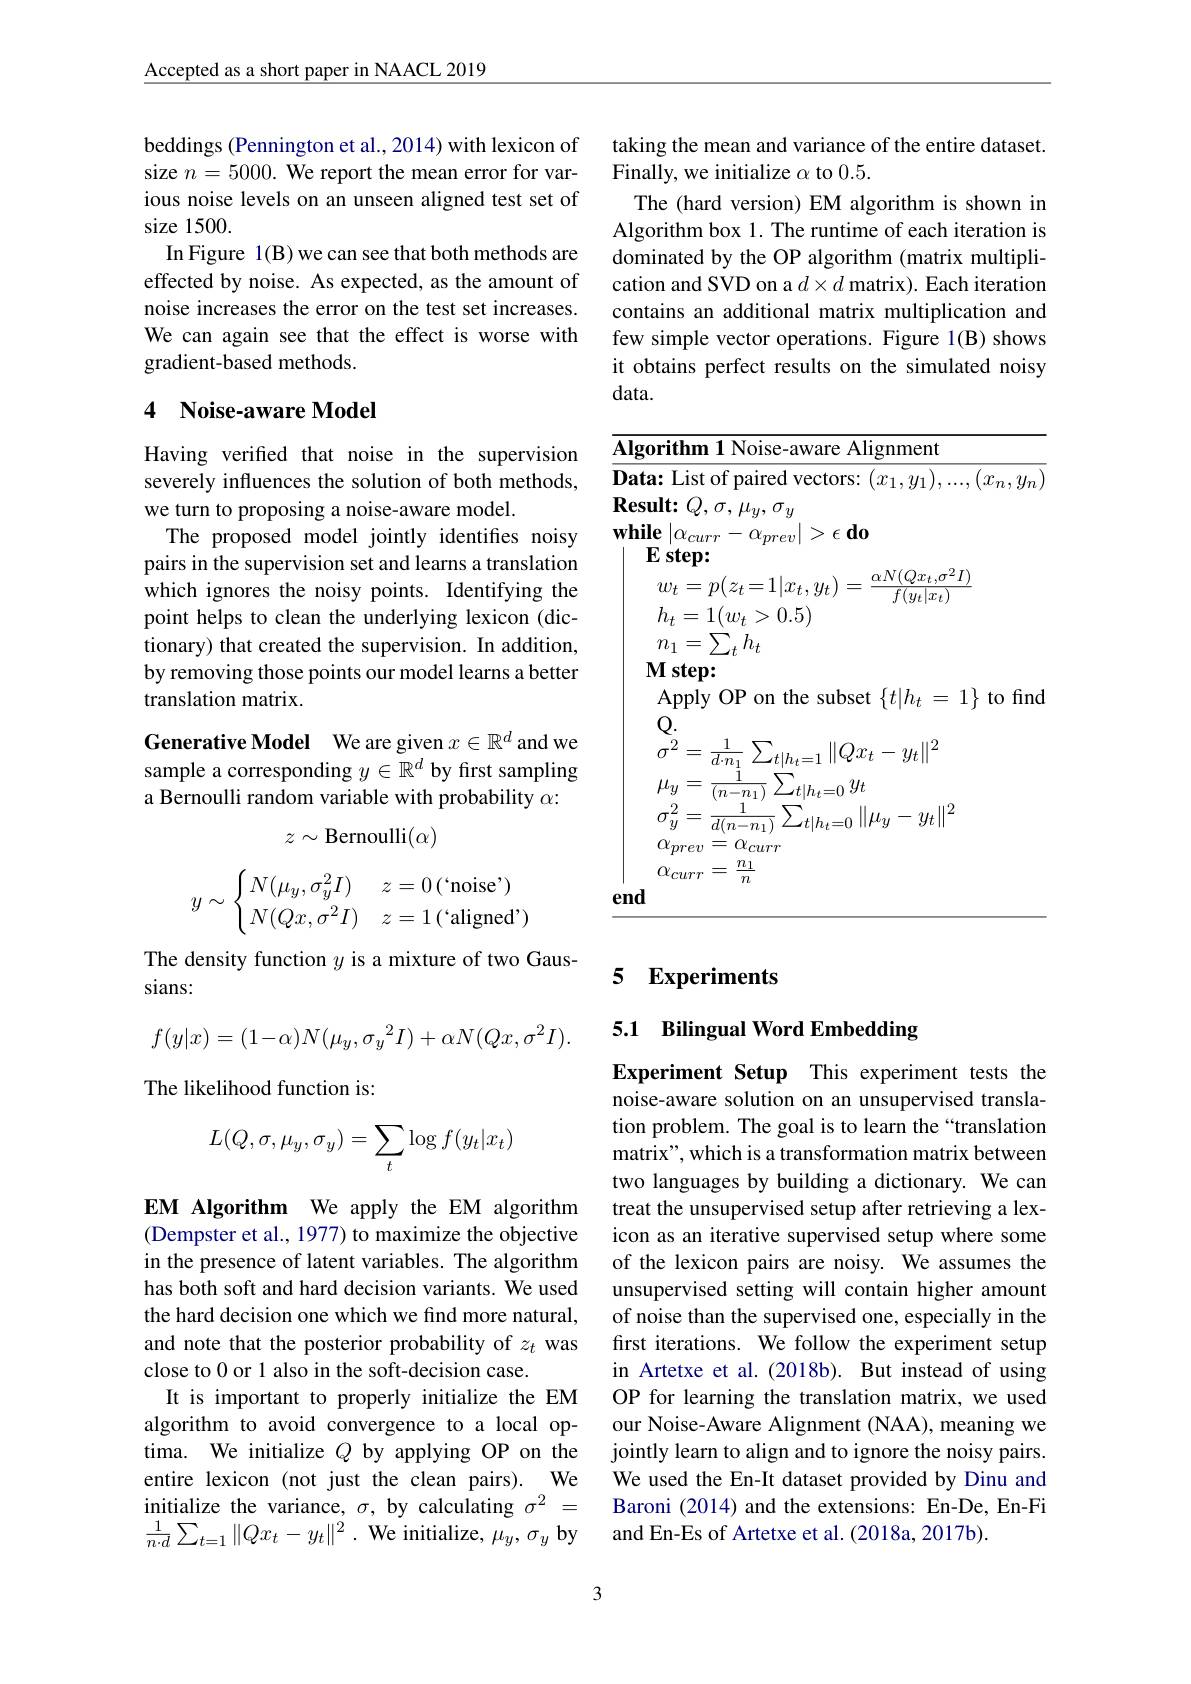
$\underline{\text{Accepted as a short paper in NAACL 2019}}$

beddings (Pennington et al., 2014) with lexicon of size $n=5000.$ We report the mean error for various noise levels on an unseen aligned test set of size 1500.
In Figure 1(B) we can see that both methods are effected by noise. As expected, as the amount of noise increases the error on the test set increases. We can again see that the effect is worse with gradient-based methods.

## 4 Noise-aware Model

Having verified that noise in the supervision severely influences the solution of both methods, we turn to proposing a noise-aware model.
The proposed model jointly identifies noisy pairs in the supervision set and learns a translation which ignores the noisy points. Identifying the point helps to clean the underlying lexicon (dictionary) that created the supervision. In addition, by removing those points our model learns a better translation matrix.

Generative Model We are given $x\in\mathbb{R}^d$ and we sample a corresponding $y\in\mathbb{R}^d$ by first sampling a Bernoulli random variable with probability $\alpha:$
$$z\sim\mathrm{Bernoulli}(\alpha)$$
$$y\sim\begin{cases}N(\mu_y,\sigma_y^2I)&z=0\:(`\text{noise'})\\N(Qx,\sigma^2I)&z=1\:(`\text{aligned'})\end{cases}$$
The density function $y$ is a mixture of two Gaus-
sians:
$$f(y|x)=(1-\alpha)N(\mu_{y},{\sigma_{y}}^{2}I)+\alpha N(Qx,\sigma^{2}I).$$
The likelihood function is:
$$L(Q,\sigma,\mu_y,\sigma_y)=\sum_t\log f(y_t|x_t)$$
EM Algorithm We apply the EM algorithm (Dempster et al., 1977) to maximize the objective in the presence of latent variables. The algorithm has both soft and hard decision variants. We used the hard decision one which we find more natural, and note that the posterior probability of $z_t$ was close to 0 or 1 also in the soft-decision case.
It is important to properly initialize the EM algorithm to avoid convergence to a local optima. We initialize $Q$ by applying OP on the entire lexicon (not just the clean pairs). We initialize the variance, $\sigma,\bar{\text{by calculating }\sigma^2}=$ $\frac 1{n\cdot d}\sum _{t= 1}\| Qx_{t}- y_{t}\| ^{2}$ . We initialize, $\mu_y,\sigma_{y}$ by

taking the mean and variance of the entire dataset.
Finally, we initialize $\alpha$ to 0.5.
The (hard version) EM algorithm is shown in Algorithm box 1. The runtime of each iteration is dominated by the OP algorithm (matrix multiplication and SVD on a $d\times d$ matrix). Each iteration contains an additional matrix multiplication and few simple vector operations. Figure 1(B) shows it obtains perfect results on the simulated noisy data.

$\overline{\textbf{Algorithm 1 Noise-aware Alignment}}$
$\overline{\textbf{Data: List of paired vectors: }(x_1,y_1),...,(x_n,y_n)}$
$\begin{array}{c}\mathbf{Result:}Q,\sigma,\mu_{y},\sigma_{y}\\\mathbf{while}\left|\alpha_{curr}-\alpha_{prev}\right|>\epsilon\end{array}$do
$w_{t}=p(z_{t}=1|x_{t},y_{t})=\frac{\alpha N(Qx_{t},\sigma^{2}I)}{f(y_{t}|x_{t})}$
$h_t=1(w_t>0.5)$
$n_{1}=\sum_{t}h_{t}$
$Mstep:$
Apply OP on the subset $\{t|h_t=1\}$ to find
$\mathbb{Q}.$
$\stackrel{\mathbf{C}}{\sigma^{2}}=\frac{1}{d\cdot n_{1}}\sum_{t|h_{t}=1}\|Qx_{t}-y_{t}\|^{2}$
$\mu_{y}=\frac{1}{(n-n_{1})}\sum_{t|h_{t}=0}y_{t}$
$\begin{array}{l}{\sigma_{y}^{2}=\frac{1}{d(n-n_{1})}\sum_{t|h_{t}=0}\|\mu_{y}-y_{t}\|^{2}}\\{\alpha_{\nu}-\alpha}\end{array}$
$\alpha_{prev}=\alpha_{curr}$ $\alpha_{curr}=\frac{n_1}n$
end

# 5 Experiments

## 5.1 Bilingual Word Embedding

Experiment Setup This experiment tests the noise-aware solution on an unsupervised translation problem. The goal is to learn the “translation matrix", which is a transformation matrix between two languages by building a dictionary. We can treat the unsupervised setup after retrieving a lexicon as an iterative supervised setup where some of the lexicon pairs are noisy. We assumes the unsupervised setting will contain higher amount of noise than the supervised one, especially in the first iterations. We follow the experiment setup in Artetxe et al.(2018b). But instead of using OP for learning the translation matrix, we used our Noise-Aware Alignment (NAA), meaning we jointly learn to align and to ignore the noisy pairs. We used the En-It dataset provided by Dinu and Baroni (2014) and the extensions: En-De, En-Fi and En-Es of Artetxe et al. (2018a, 2017b).

3